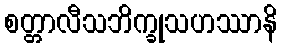
စတ္တာလီသဘိက္ခုသဟဿာနိ